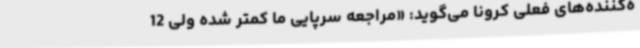
ه‌کننده‌های فعلی کرونا می‌گوید: «مراجعه سرپایی ما کمتر شده ولی 12